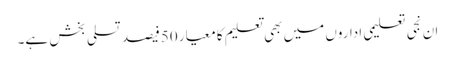
ان نجی تعلیمی اداروں میں بھی تعلیم کا معیار 50فیصد تسلی بخش ہے۔